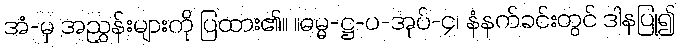
အံ-မှ အညွှန်းများကို ပြထား၏။ ။ဓမ္မ-ဋ္ဌ-ပ-အုပ်-၄၊ နံနက်ခင်းတွင် ဒါနပြု၍